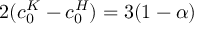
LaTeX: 2 ( c _ { 0 } ^ { K } - c _ { 0 } ^ { H } ) = 3 ( 1 - \alpha )